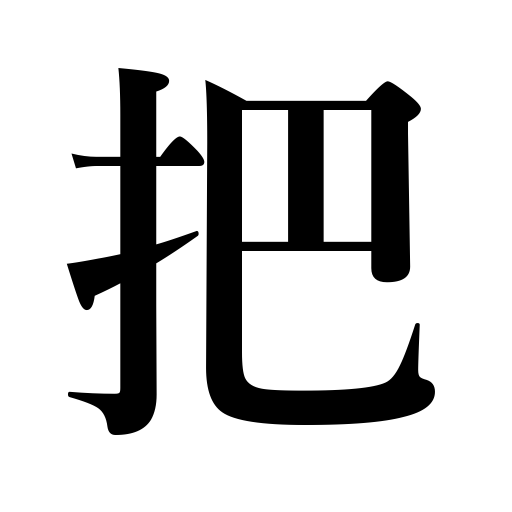
Meanings: coil,bundle,sheaf,bunch